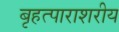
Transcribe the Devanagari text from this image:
बृहत्पाराशरीय